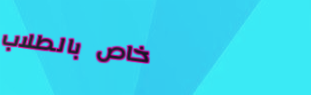
خاص بالطلاب